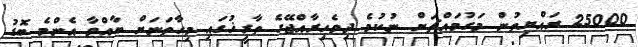
25000 ރައްޔިތުން މަގުމައްޗަށް ނުކުމެ ދިވެހިރާއްޖޭގެ ތާރީޚުގައި މިހާތަނަށް ބާއްވާ އެންމެ ބޮޑު